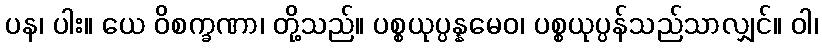
ပန၊ ပါး။ ယေ ဝိစက္ခဏာ၊ တို့သည်။ ပစ္စယုပ္ပန္နမေဝ၊ ပစ္စယုပ္ပန်သည်သာလျှင်။ ဝါ၊